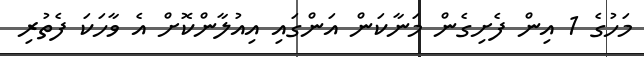
މަހުގެ 1 އިން ފެށިގެން މަނާކަން އަންގައި އިއުލާންކޮށް އެ ވާހަކަ ފެތުރި